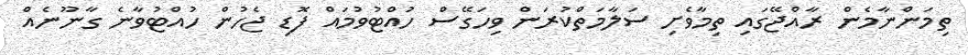
ތިމަންނާމެން ރާއްޖޭގައި ތިމާވެށި ސަލާމަތްކުރަން ވިހަގޭސް ހުއްޓުވުމައް ފޮޑި ޖެހުން ހުއްޓުވާނެ ގާނޫނެއް